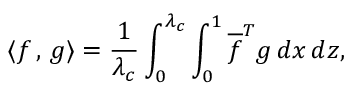
\langle f \, , \, g \rangle = \frac { 1 } { \lambda _ { c } } \int _ { 0 } ^ { \lambda _ { c } } \int _ { 0 } ^ { 1 } \overline { { f } } ^ { T } g \, d x \, d z ,